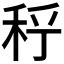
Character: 𥞉